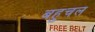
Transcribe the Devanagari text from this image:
बहुचल